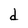
Character: d